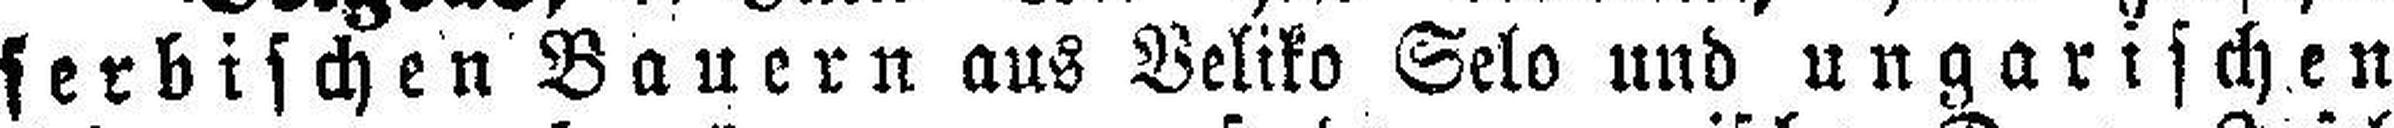
serbischen Bauern aus Veliko Selo und ungarischen